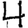
Digit: 4